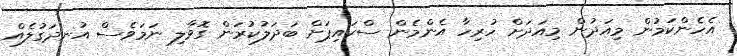
އެހެންކަމުން މިއަދުން މިއަދަށް ހުރިހާ އެންމެން ސްކައިޕަށް ބަދަލުކުރަން ގޮވާލި ނަމަވެސް އުނދަގުލެއް